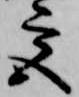
宮